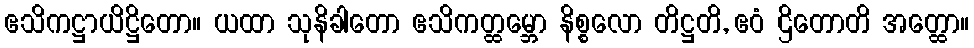
ဧသိကဋ္ဌာယိဋ္ဌိတော။ ယထာ သုနိခါတော ဧသိကတ္ထမ္ဘော နိစ္စလော တိဋ္ဌတိ, ဧဝံ ဌိတောတိ အတ္ထော။